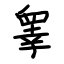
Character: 睾